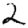
Digit: 2